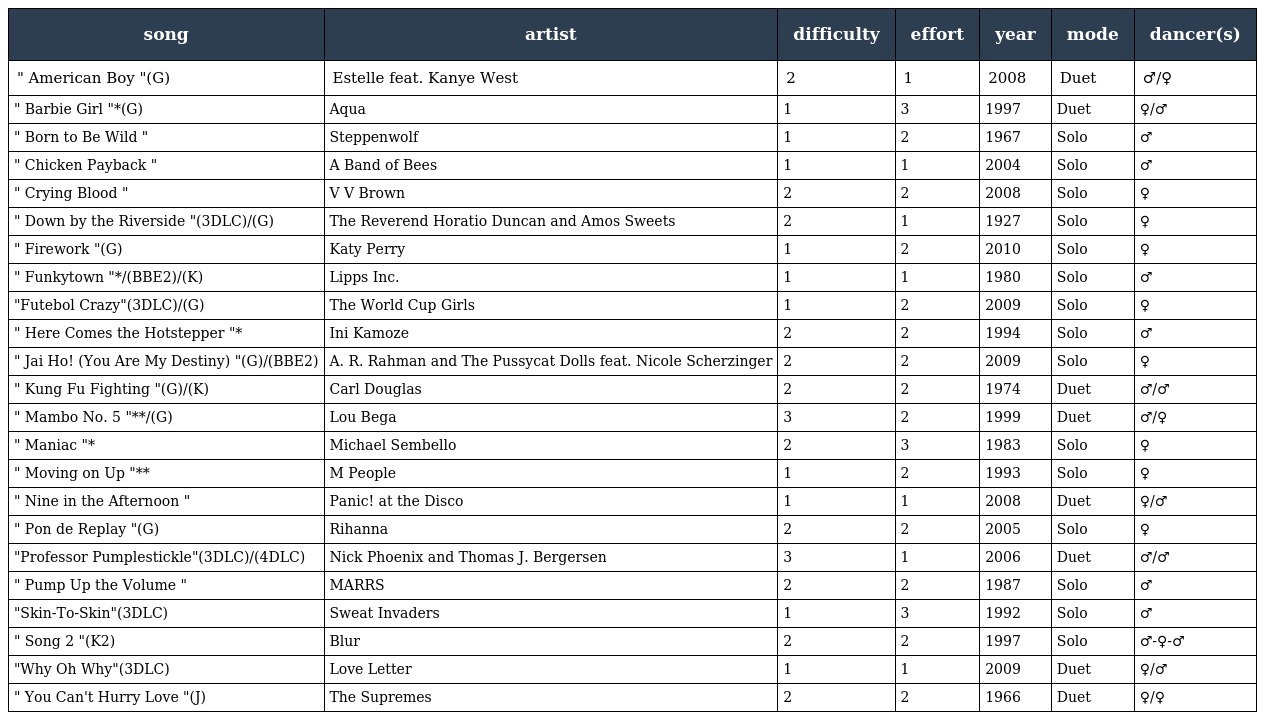
| song | artist | difficulty | effort | year | mode | dancer(s) |
 | --- | --- | --- | --- | --- | --- | --- |
 | " American Boy "(G) | Estelle feat. Kanye West | 2 | 1 | 2008 | Duet | ♂/♀ |
 | " Barbie Girl "*(G) | Aqua | 1 | 3 | 1997 | Duet | ♀/♂ |
 | " Born to Be Wild " | Steppenwolf | 1 | 2 | 1967 | Solo | ♂ |
 | " Chicken Payback " | A Band of Bees | 1 | 1 | 2004 | Solo | ♂ |
 | " Crying Blood " | V V Brown | 2 | 2 | 2008 | Solo | ♀ |
 | " Down by the Riverside "(3DLC)/(G) | The Reverend Horatio Duncan and Amos Sweets | 2 | 1 | 1927 | Solo | ♀ |
 | " Firework "(G) | Katy Perry | 1 | 2 | 2010 | Solo | ♀ |
 | " Funkytown "*/(BBE2)/(K) | Lipps Inc. | 1 | 1 | 1980 | Solo | ♂ |
 | "Futebol Crazy"(3DLC)/(G) | The World Cup Girls | 1 | 2 | 2009 | Solo | ♀ |
 | " Here Comes the Hotstepper "* | Ini Kamoze | 2 | 2 | 1994 | Solo | ♂ |
 | " Jai Ho! (You Are My Destiny) "(G)/(BBE2) | A. R. Rahman and The Pussycat Dolls feat. Nicole Scherzinger | 2 | 2 | 2009 | Solo | ♀ |
 | " Kung Fu Fighting "(G)/(K) | Carl Douglas | 2 | 2 | 1974 | Duet | ♂/♂ |
 | " Mambo No. 5 "**/(G) | Lou Bega | 3 | 2 | 1999 | Duet | ♂/♀ |
 | " Maniac "* | Michael Sembello | 2 | 3 | 1983 | Solo | ♀ |
 | " Moving on Up "** | M People | 1 | 2 | 1993 | Solo | ♀ |
 | " Nine in the Afternoon " | Panic! at the Disco | 1 | 1 | 2008 | Duet | ♀/♂ |
 | " Pon de Replay "(G) | Rihanna | 2 | 2 | 2005 | Solo | ♀ |
 | "Professor Pumplestickle"(3DLC)/(4DLC) | Nick Phoenix and Thomas J. Bergersen | 3 | 1 | 2006 | Duet | ♂/♂ |
 | " Pump Up the Volume " | MARRS | 2 | 2 | 1987 | Solo | ♂ |
 | "Skin-To-Skin"(3DLC) | Sweat Invaders | 1 | 3 | 1992 | Solo | ♂ |
 | " Song 2 "(K2) | Blur | 2 | 2 | 1997 | Solo | ♂-♀-♂ |
 | "Why Oh Why"(3DLC) | Love Letter | 1 | 1 | 2009 | Duet | ♀/♂ |
 | " You Can't Hurry Love "(J) | The Supremes | 2 | 2 | 1966 | Duet | ♀/♀ |